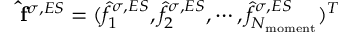
\mathbf { \hat { f } } ^ { \sigma , E S } = ( \hat { f } _ { 1 } ^ { \sigma , E S } , \hat { f } _ { 2 } ^ { \sigma , E S } , \cdots , \hat { f } _ { N _ { \mathrm { { m o m e n t } } } } ^ { \sigma , E S } ) ^ { T }